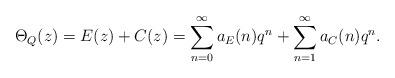
LaTeX: \begin{align*}\Theta_{Q}(z) = E(z) + C(z) = \sum_{n=0}^{\infty} a_{E}(n) q^{n} +\sum_{n=1}^{\infty} a_{C}(n) q^{n}.\end{align*}